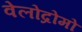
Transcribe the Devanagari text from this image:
वेलोद्रोमो